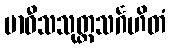
ဗာဝီသသုတ္တသင်္ဂဟိတံ